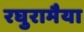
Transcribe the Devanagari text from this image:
रघुरामैया